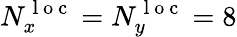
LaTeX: N_{x}^{\mathrm{~l~o~c~}}=N_{y}^{\mathrm{~l~o~c~}}=8